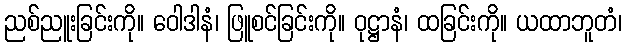
ညစ်ညူးခြင်းကို။ ဝေါဒါနံ၊ ဖြူစင်ခြင်းကို။ ဝုဋ္ဌာနံ၊ ထခြင်းကို။ ယထာဘူတံ၊